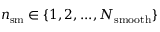
n _ { \mathrm { s m } } \in \{ 1 , 2 , . . . , N _ { \mathrm { s m o o t h } } \}